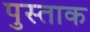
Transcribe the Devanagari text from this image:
पुस्ताक